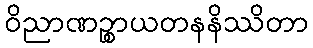
ဝိညာဏဉ္စာယတနနိဿိတာ